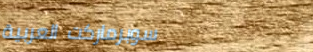
سوبرماركت العربية